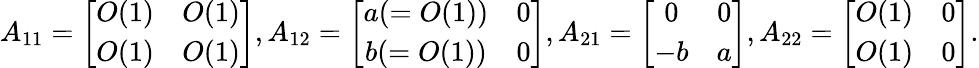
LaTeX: A_{11}=\left[\begin{array}{cc}{O(1)}&{O(1)}\\ {O(1)}&{O(1)}\end{array}\right],A_{12}=\left[\begin{array}{cc}{a(=O(1))}&{0}\\ {b(=O(1))}&{0}\end{array}\right],A_{21}=\left[\begin{array}{cc}{0}&{0}\\ {-b}&{a}\end{array}\right],A_{22}=\left[\begin{array}{cc}{O(1)}&{0}\\ {O(1)}&{0}\end{array}\right].